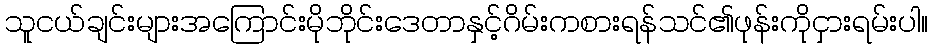
သူငယ်ချင်းများအကြောင်းမိုဘိုင်းဒေတာနှင့်ဂိမ်းကစားရန်သင်၏ဖုန်းကိုငှားရမ်းပါ။